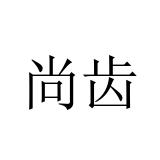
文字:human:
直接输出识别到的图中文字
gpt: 尚齿